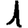
Digit: 1